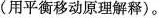
(用平衡移动原理解释)。